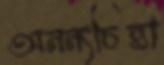
অনন্যচিন্তা